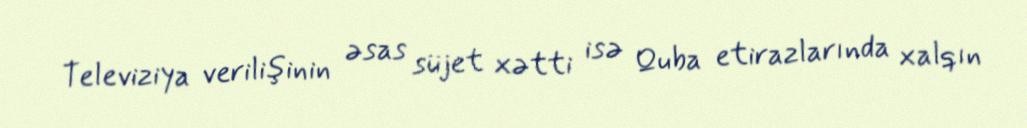
Televiziya verilişinin əsas süjet xətti isə Quba etirazlarında xalqın